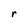
Character: r